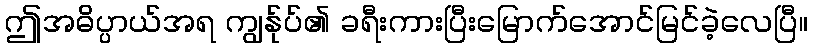
ဤအဓိပ္ပာယ်အရ ကျွန်ုပ်၏ ခရီးကားပြီးမြောက်အောင်မြင်ခဲ့လေပြီ။